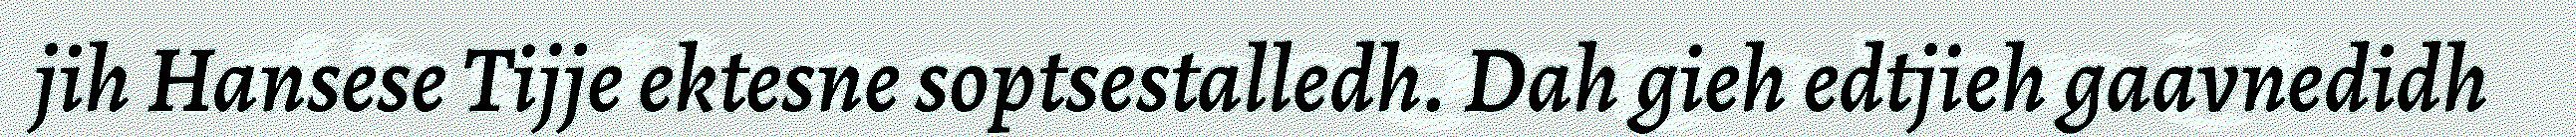
jih Hansese Tijje ektesne soptsestalledh. Dah gieh edtjieh gaavnedidh